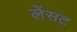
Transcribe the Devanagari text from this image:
लेंसट